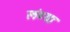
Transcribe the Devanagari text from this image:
लंब्या